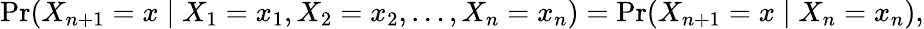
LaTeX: \operatorname*{Pr}(X_{n+1}=x\mid X_{1}=x_{1},X_{2}=x_{2},\ldots,X_{n}=x_{n})=\operatorname*{Pr}(X_{n+1}=x\mid X_{n}=x_{n}),